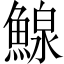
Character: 鰁